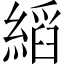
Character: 縚